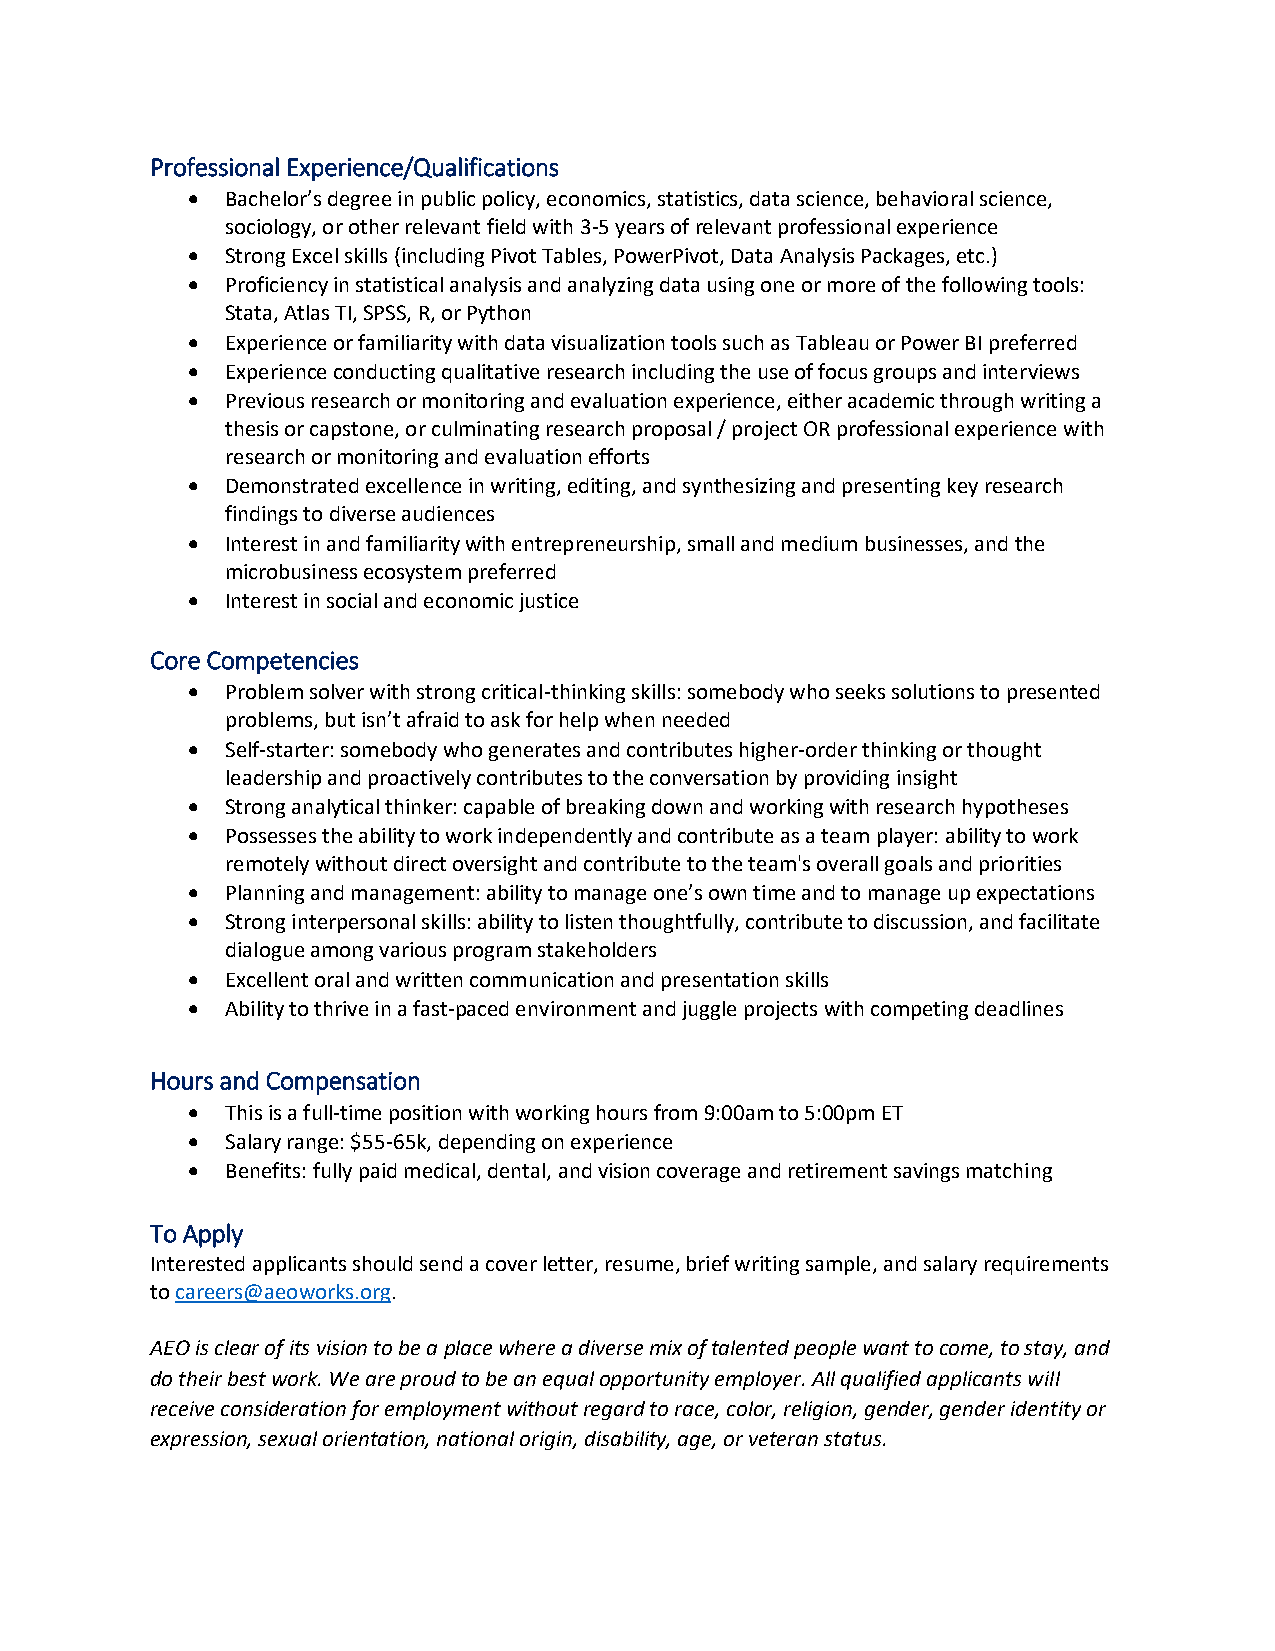
Professional Experience/Qualifications
 •  Bachelor’s degree in public policy, economics, statistics, data science, behavioral science,
 sociology, or other relevant field with 3-5 years of relevant professional experience
 •  Strong Excel skills (including Pivot Tables, PowerPivot, Data Analysis Packages, etc.)
 •  Proficiency in statistical analysis and analyzing data using one or more of the following tools:
 Stata, Atlas TI, SPSS, R, or Python
 •  Experience or familiarity with data visualization tools such as Tableau or Power BI preferred
 •  Experience conducting qualitative research including the use of focus groups and interviews
 •  Previous research or monitoring and evaluation experience, either academic through writing a
 thesis or capstone, or culminating research proposal / project OR professional experience with
 research or monitoring and evaluation efforts
 •  Demonstrated excellence in writing, editing, and synthesizing and presenting key research
 findings to diverse audiences
 •  Interest in and familiarity with entrepreneurship, small and medium businesses, and the
 microbusiness ecosystem preferred
 •  Interest in social and economic justice
 Core Competencies
 •  Problem solver with strong critical-thinking skills: somebody who seeks solutions to presented
 problems, but isn’t afraid to ask for help when needed
 •  Self-starter: somebody who generates and contributes higher-order thinking or thought
 leadership and proactively contributes to the conversation by providing insight
 •  Strong analytical thinker: capable of breaking down and working with research hypotheses
 •  Possesses the ability to work independently and contribute as a team player: ability to work
 remotely without direct oversight and contribute to the team's overall goals and priorities
 •  Planning and management: ability to manage one’s own time and to manage up expectations
 •  Strong interpersonal skills: ability to listen thoughtfully, contribute to discussion, and facilitate
 dialogue among various program stakeholders
 •  Excellent oral and written communication and presentation skills
 •  Ability to thrive in a fast-paced environment and juggle projects with competing deadlines
 Hours and Compensation
 •  This is a full-time position with working hours from 9:00am to 5:00pm ET
 •  Salary range: $55-65k, depending on experience
 •  Benefits: fully paid medical, dental, and vision coverage and retirement savings matching
 To Apply
 Interested applicants should send a cover letter, resume, brief writing sample, and salary requirements
 to careers@aeoworks.org.
 AEO is clear of its vision to be a place where a diverse mix of talented people want to come, to stay, and
 do their best work. We are proud to be an equal opportunity employer. All qualified applicants will
 receive consideration for employment without regard to race, color, religion, gender, gender identity or
 expression, sexual orientation, national origin, disability, age, or veteran status.